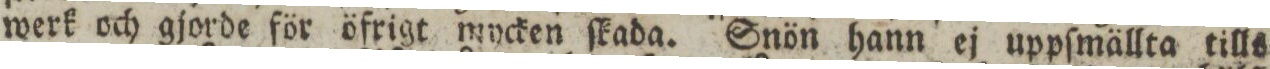
werk och gjorde för öfrigt mycken ſkada. Snön hann ej uppſmällta tills